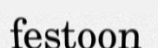
festoon